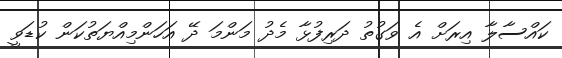
ކައްސާލާ އިރަށް އެ ވަގުތު ދަރިފުޅާ މެދު މަންމަ ދޭ އަހަންމިއްޔަތުކަން ކުޑަވީ